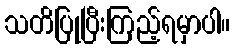
သတိပြုပြီးကြည့်ရမှာပါ။